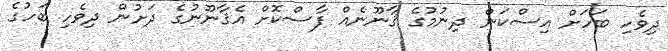
ދިވެހި ބަހަށް އިސްކަން ދިނުމުގެ ޤާނޫނެއް ފާސްކޮށް އެޤާނޫނުގެ ދަށުން ދިވެހި ބަހުގެ